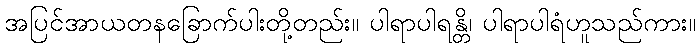
အပြင်အာယတနခြောက်ပါးတို့တည်း။ ပါရာပါရန္တိ၊ ပါရာပါရံဟူသည်ကား။